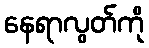
နေရာလွတ်ကို